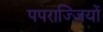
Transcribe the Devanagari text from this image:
पपराज्ज़ियों